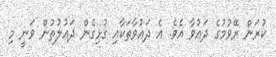
ކުރަން ރޭވުމުގެ ދަޢުވާ އެވެ. އެ ދަޢުވާތަކާއި ގުޅިގެން ދަޢުލުތުން ވަނީ މި